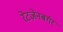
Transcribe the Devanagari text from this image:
रेटज़ेनबर्गर